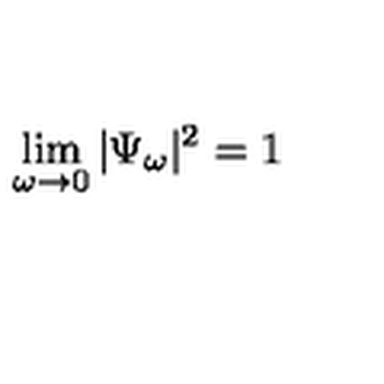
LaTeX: \lim _ { \omega \to 0 } | \Psi _ { \omega } | ^ { 2 } = 1